Lunatic asylums Madras 1892-1911 - 1892-1911
Year: 1892
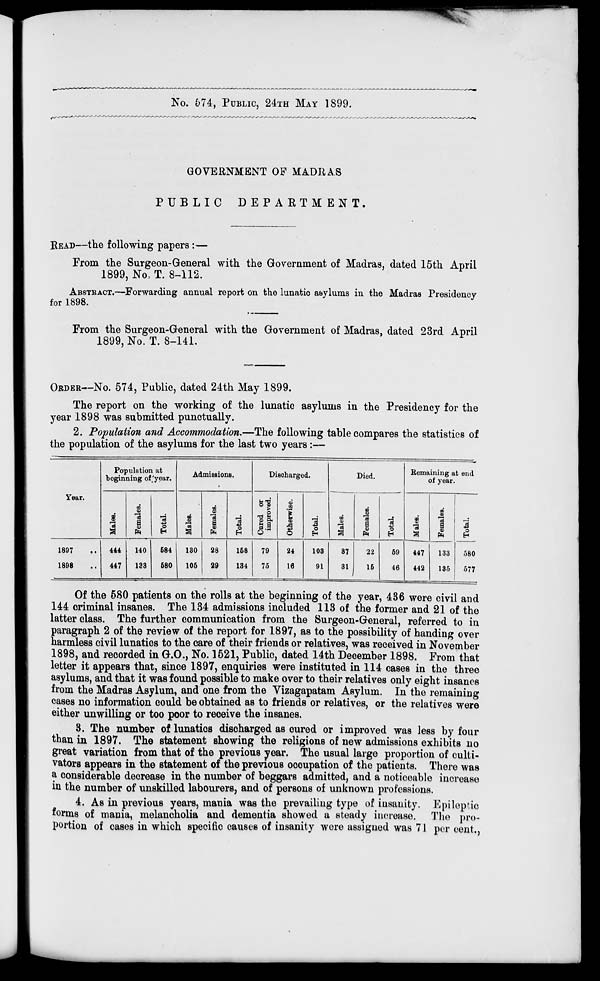
No. 574, PUBLIC, 24TH MAY 1899.
GOVERNMENT OF MADRAS
PUBLIC DEPARTMENT.
READ—the following papers :—
From the Surgeon-General with the Government of Madras, dated 15th April
1899, No, T. 8-112.
ABSTRACT.—Forwarding annual report on the lunatic asylums in the Madras Presidency
for 1898.
From the Surgeon-General with the Government of Madras, dated 23rd April
1899, No. T. 8-141.
ORDER—No. 574, Public, dated 24th May 1899.
The report on the working of the lunatic asylums in the Presidency for the
year 1898 was submitted punctually.
2. Population and Accommodation.—The following table compares the statistics of
the population of the asylums for the last two years:—
Population at
beginning of.'year.
Admissions.
Discharged.
Died.
Remaining at end
of year.
Year.
i la 8
CO
B
la
a 6
ft
13
©
to
S
■
CO
8
13
a «
Cured or
improved.
e
CO
1
s
3 o
Males.
■
Females.
13
of
B
8
3 o
1897
441
140
684
130
28
158
79
24
103
37
22
59
447
133
680
1898
447
133
680
105
29
134
75
16
91
31
15
46
442
135
577
Of the 580 patients on the rolls at the beginning of the year, 436 were civil and
144 criminal insanes. The 134 admissions included 113 of the former and 21 of the
latter class. The further communication from the Surgeon-General, referred to in
paragraph 2 of the review of the report for 1897, as to the possibility of handing over
harmless civil lunatics to the care of their friends or relatives, was received in November
1898, and recorded in G.O., No. 1521, Public, dated 14th December 1898. From that
letter it appears that, since 1897, enquiries were instituted in 114 cases in the three
asylums, and that it was found possible to make over to their relatives only eight insanes
from the Madras Asylum, and one from the Vizagapatam Asylum. In the remaining
cases no information could be obtained as to friends or relatives, or the relatives were
either unwilling or too poor to receive the insanes.
3. The number of lunatics discharged as cured or improved was less by four
than in 1897. The statement showing the religions of new admissions exhibits no
great variation from that of the previous year. The usual large proportion of culti-
vators appears in the statement of the previous occupation of the patients. There was
a considerable decrease in the number of beggars admitted, and a noticeable increase
in the number of unskilled labourers, and of persons of unknown professions.
4. As in previous years, mania was the prevailing type of insanity. Epileptic
forms of mania, melancholia and dementia showed a steady increase. The pro-
portion of cases in which specific causes of insanity wore assigned was 71 per cent.,